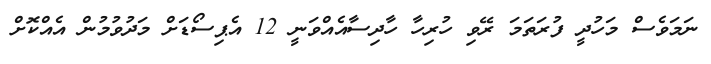
ނަމަވެސް މަހުދީ ފުރަތަމަ ރޭވި ހުރިހާ ހާދިސާއެއްވަނީ 12 އެޕިސޯޑަށް މަދުވުމުން އެއްކޮށް